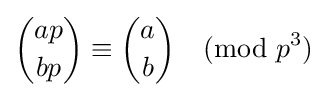
{ap \choose bp}\equiv {a \choose b}{\pmod {p^{3}}}